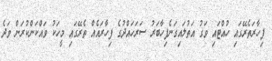
ފިހާރަތެރޭގައި ހުއްޓައި ވަގު އަތުލައިގަނެފިހާބަރު ސަރަހައްދުގެ ފިހާރައެއް ތެރޭގައި މީހަކު ވައްކަންކުރަން ވަދެ